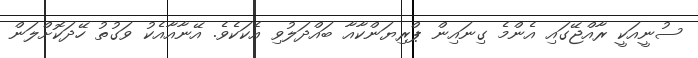
ސުނީއަކީ ރާއްޖޭގައި އެންމެ ގިނައިން ޕްރިޔަންކާއާ ބައްދަލުވި އެކަކެވެ. އޭނާއާއެކު ވަގުތު ހޭދަކޮށްލަން